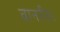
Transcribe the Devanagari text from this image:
वानरीय।